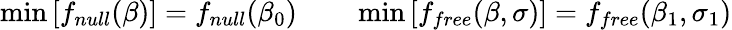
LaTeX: \operatorname*{min}\left[f_{null}(\beta)\right]=f_{null}(\beta_{0})\qquad\operatorname*{min}\left[f_{free}(\beta,\sigma)\right]=f_{free}(\beta_{1},\sigma_{1})